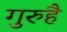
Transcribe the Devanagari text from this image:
गुरुहै